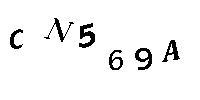
CN569A